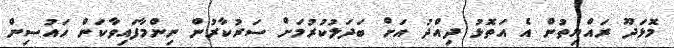
މޮޅަދޫ ރައްޔިތުން އެ އަތޮޅު ދިއްދު އަށް ބަދަލުކުރުމަށް ސަރުކާރުން ނިންމާފައިވާކަން ހައުސިން